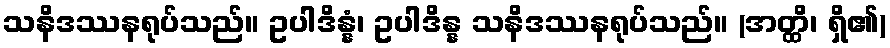
သနိဒဿနရုပ်သည်။ ဥပါဒိန္နံ၊ ဥပါဒိန္န သနိဒဿနရုပ်သည်။ (အတ္ထိ၊ ရှိ၏)